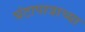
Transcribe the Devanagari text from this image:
घंटापात्राच्या